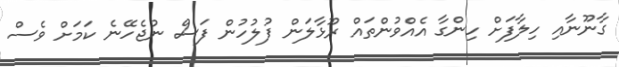
ގާނޫނާއި ހިލާފަށް ހިންގާ އެއްވުންތައް ރޫޅާލަން ފުލުހުން ފަސް ނުޖެހޭނެ ކަމަށް ވެސް